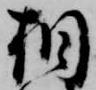
相